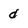
Character: d